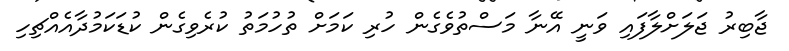
ޖާބިރު ޖަލަށްލާފައި ވަނީ އޭނާ މަސްތުވެގެން ހުރި ކަމަށް ތުހުމަތު ކުރެވިގެން ކުޑަކަމުދާއެއްޗިހި